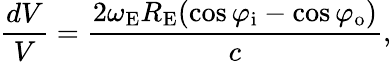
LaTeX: {\frac{dV}{V}}={\frac{2\omega_{\mathrm{E}}R_{\mathrm{E}}(\cos\varphi_{\mathrm{i}}-\cos\varphi_{\mathrm{o}})}{c}},